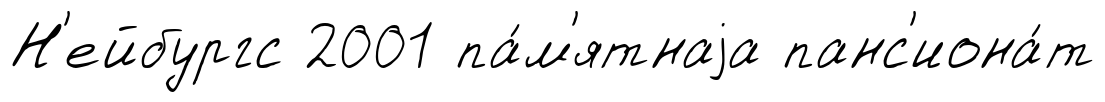
Н'ейбургс 2001 па́м'ятнаjа панс'иона́т